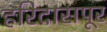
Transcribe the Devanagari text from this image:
हरिदासपूर